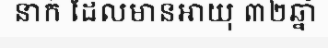
នាក់ ដែលមានអាយុ ៣២ឆ្នាំ